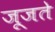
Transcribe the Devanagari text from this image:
जूजते